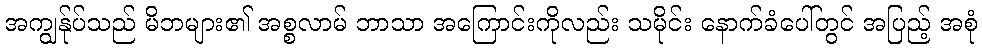
အကျွန်ုပ်သည် မိဘများ၏ အစ္စလာမ် ဘာသာ အကြောင်းကိုလည်း သမိုင်း နောက်ခံပေါ်တွင် အပြည့် အစုံ